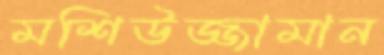
মশিউজ্জামান